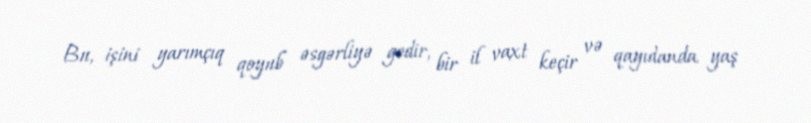
Bu, işini yarımçıq qoyub əsgərliyə gedir, bir il vaxt keçir və qayıdanda yaş